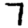
Digit: 7